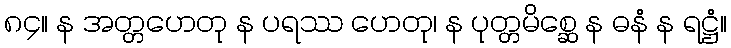
၈၄။ န အတ္တဟေတု န ပရဿ ဟေတု၊ န ပုတ္တမိစ္ဆေ န ဓနံ န ရဋ္ဌံ။